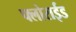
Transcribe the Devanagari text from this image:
फ्लोराईड